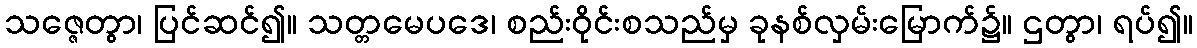
သဇ္ဇေတွာ၊ ပြင်ဆင်၍။ သတ္တမေပဒေ၊ စည်းဝိုင်းစသည်မှ ခုနစ်လှမ်းမြောက်၌။ ဌတွာ၊ ရပ်၍။